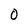
Character: 0